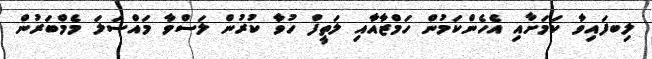
ލިބފައިވާ ކަމަށާއި އެހެންކަމުން ހަމްޒާއާއި ލަތީފް ހުވާ ކުރުން ލަސްވާ މައްސަލަ މެމްބަރުން